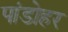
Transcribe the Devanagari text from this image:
पांडोहर